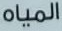
المياه